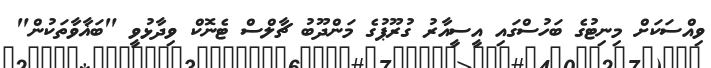
ވިއްސަކަށް މިނިޓުގެ ބަހުސްގައި އީސީއާރު ގުރޫޕުގެ މަންދޫބު ޗާލްސް ޓެނޮކް ވިދާޅުވީ "ބަޣާވާތަކުން"